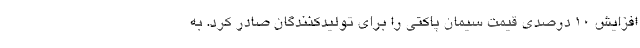
افزایش ۱۰ درصدی قیمت سیمان پاکتی را برای تولیدکنندگان صادر کرد. به